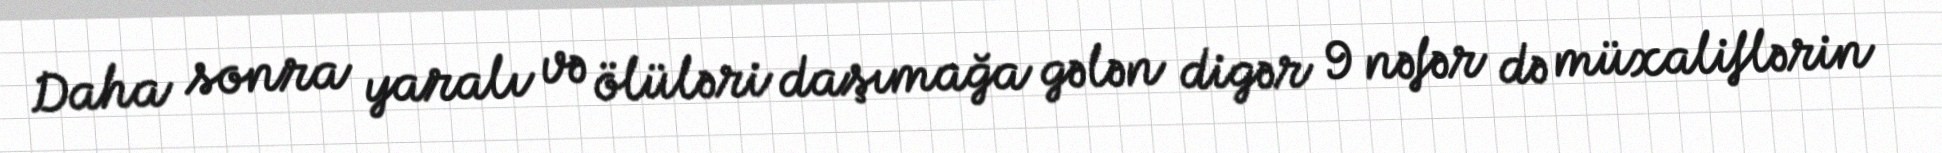
Daha sonra yaralı və ölüləri daşımağa gələn digər 9 nəfər də müxaliflərin